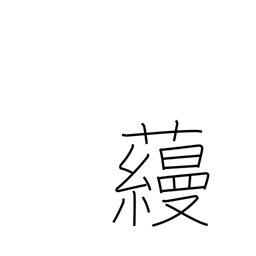
Meaning: surname